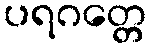
ပရဂတ္တေ